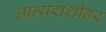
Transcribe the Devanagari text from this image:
धान्यराशीवर